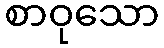
စာဝုသော